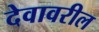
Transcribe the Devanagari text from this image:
देवावरील